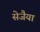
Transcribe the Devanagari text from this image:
सेजैया